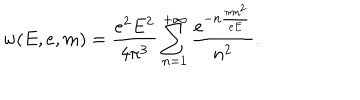
LaTeX: w ( E , e , m ) = \frac { e ^ { 2 } E ^ { 2 } } { 4 \pi ^ { 3 } } \sum _ { n = 1 } ^ { + \infty } \frac { e ^ { - n \frac { \pi m ^ { 2 } } { e E } } } { n ^ { 2 } } .